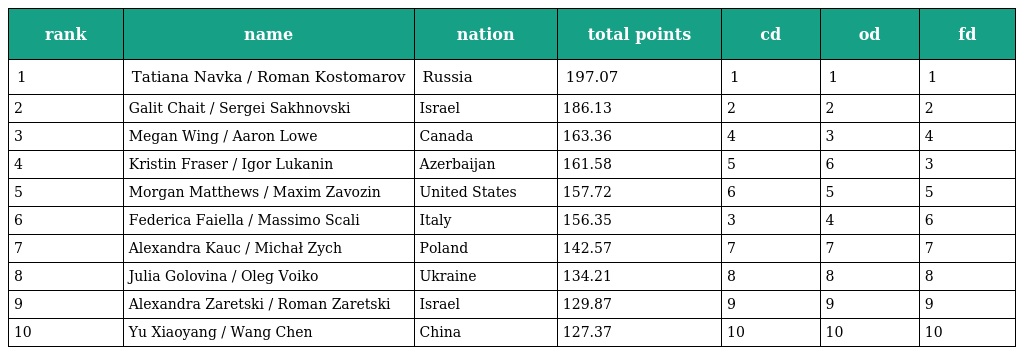
| rank | name | nation | total points | cd | od | fd |
 | --- | --- | --- | --- | --- | --- | --- |
 | 1 | Tatiana Navka / Roman Kostomarov | Russia | 197.07 | 1 | 1 | 1 |
 | 2 | Galit Chait / Sergei Sakhnovski | Israel | 186.13 | 2 | 2 | 2 |
 | 3 | Megan Wing / Aaron Lowe | Canada | 163.36 | 4 | 3 | 4 |
 | 4 | Kristin Fraser / Igor Lukanin | Azerbaijan | 161.58 | 5 | 6 | 3 |
 | 5 | Morgan Matthews / Maxim Zavozin | United States | 157.72 | 6 | 5 | 5 |
 | 6 | Federica Faiella / Massimo Scali | Italy | 156.35 | 3 | 4 | 6 |
 | 7 | Alexandra Kauc / Michał Zych | Poland | 142.57 | 7 | 7 | 7 |
 | 8 | Julia Golovina / Oleg Voiko | Ukraine | 134.21 | 8 | 8 | 8 |
 | 9 | Alexandra Zaretski / Roman Zaretski | Israel | 129.87 | 9 | 9 | 9 |
 | 10 | Yu Xiaoyang / Wang Chen | China | 127.37 | 10 | 10 | 10 |